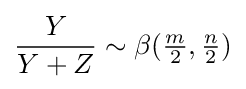
{\frac {Y}{Y+Z}}\sim \beta ({\tfrac {m}{2}},{\tfrac {n}{2}})